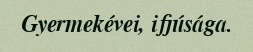
Gyermekévei, ifjúsága.